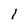
Character: l